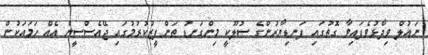
ނައުލް ވިދާޅުވެފައިވާ ގޮތުގައި ފަނޑިޔާރުންގެ ސުލޫކީ މިންގަނޑު ތަންފީޒުކުރުމުގައި ޖޭއެސްސީން އެއް ހަމައަކުން